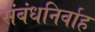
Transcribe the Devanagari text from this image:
संबंधनिर्वाह